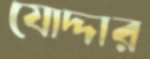
যোদ্দার